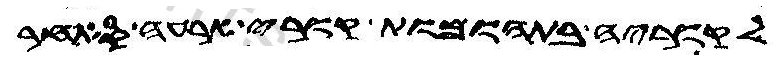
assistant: לקוריה בתהומת קורי ארעה סאחר